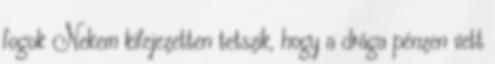
fogok Nekem kifejezetten tetszik, hogy a drága pénzen vett